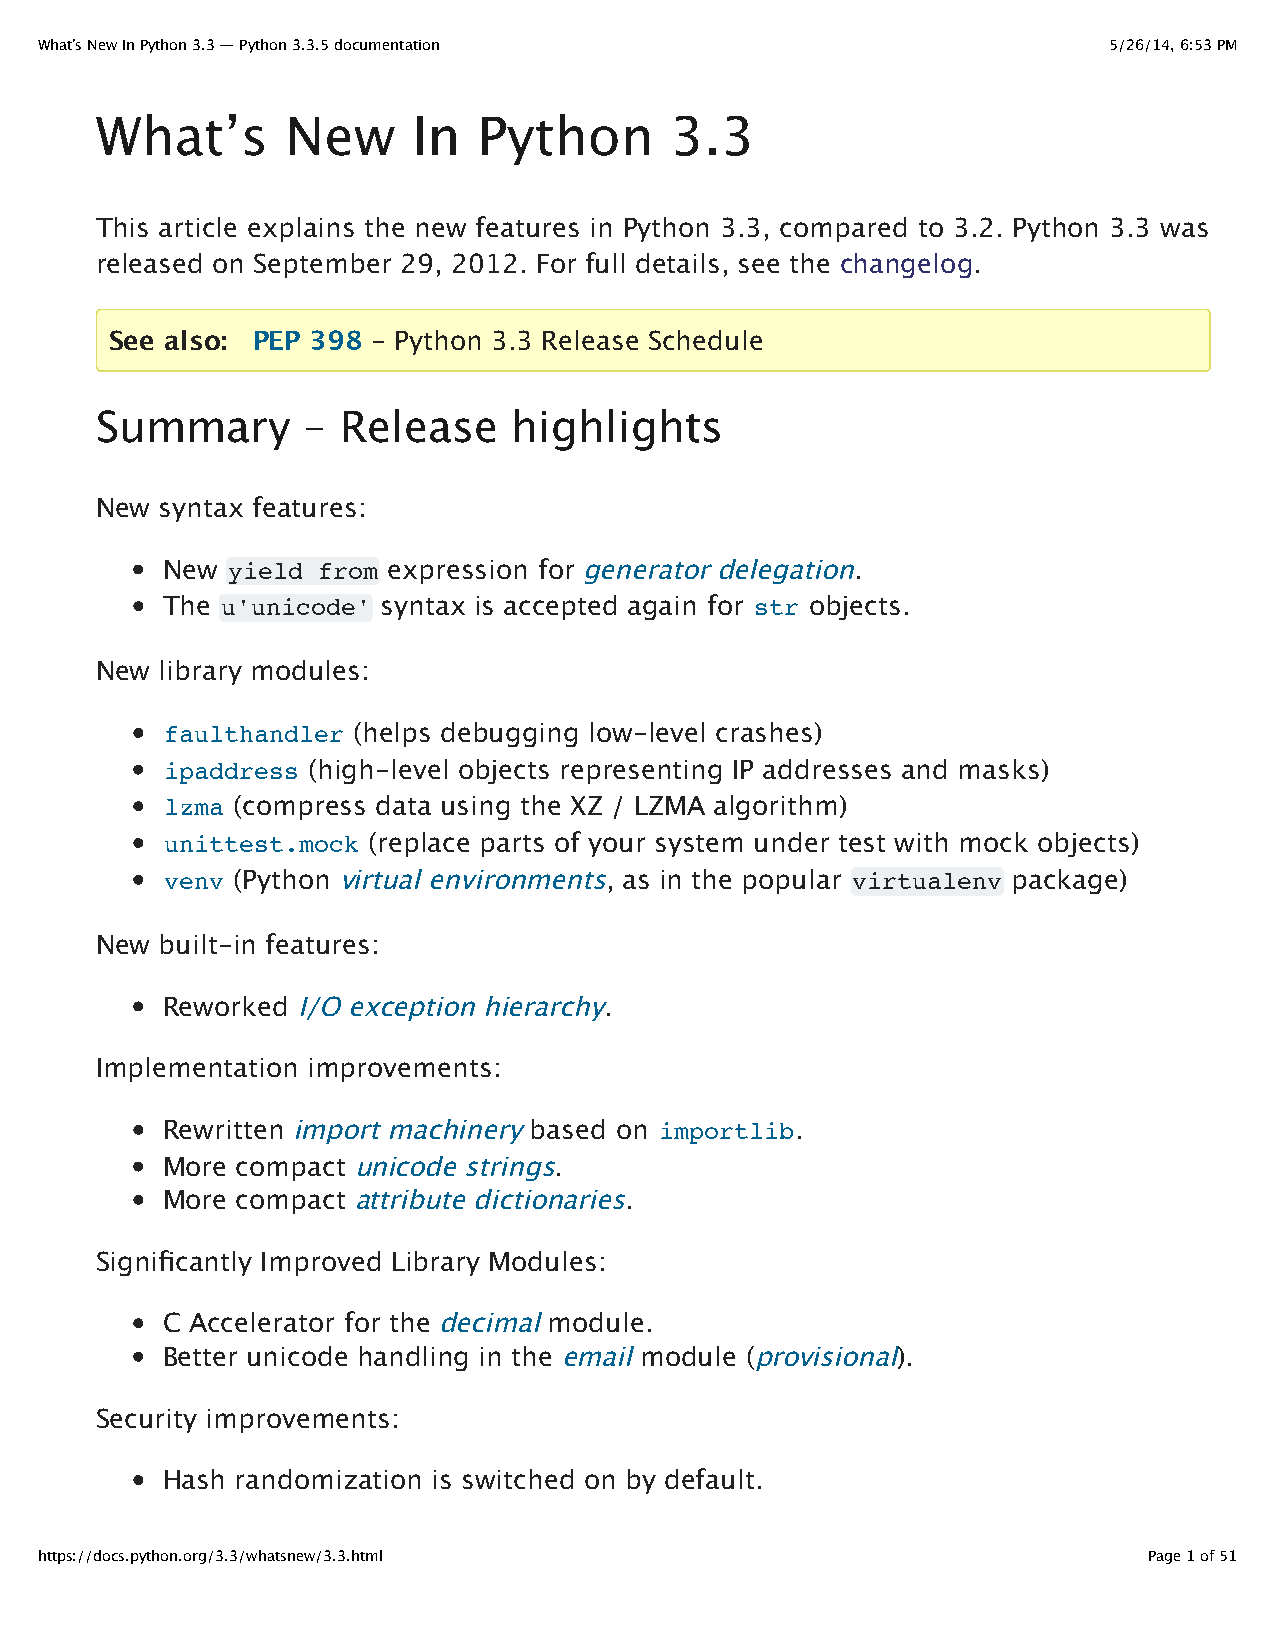
What’s New In Python 3.3 — Python 3.3.5 documentation                  5/26/14, 6:53 PM
 What’s       New     In   Python      3.3
 This article explains the new features in Python 3.3, compared to 3.2. Python 3.3 was
 released on September 29, 2012. For full details, see the changelog.
 See also: PEP 398 - Python 3.3 Release Schedule
 Summary       –  Release    highlights
 New  syntax features:
 New yield from expression for generator delegation.
 The u'unicode' syntax is accepted again for str objects.
 New  library modules:
 faulthandler (helps debugging low-level crashes)
 ipaddress (high-level objects representing IP addresses and masks)
 lzma (compress data using the XZ / LZMA algorithm)
 unittest.mock (replace parts of your system under test with mock objects)
 venv (Python virtual environments, as in the popular virtualenv package)
 New  built-in features:
 Reworked I/O exception hierarchy.
 Implementation improvements:
 Rewritten import machinery based on importlib.
 More compact unicode strings.
 More compact attribute dictionaries.
 Significantly Improved Library Modules:
 C Accelerator for the decimal module.
 Better unicode handling in the email module (provisional).
 Security improvements:
 Hash randomization is switched on by default.
 https://docs.python.org/3.3/whatsnew/3.3.html                             Page 1 of 51